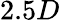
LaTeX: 2.5D